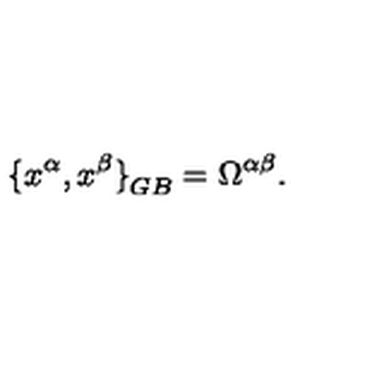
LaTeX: { \{ x ^ { \alpha } , x ^ { \beta } \} } _ { G B } = \Omega ^ { \alpha \beta } .